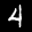
Label: 4